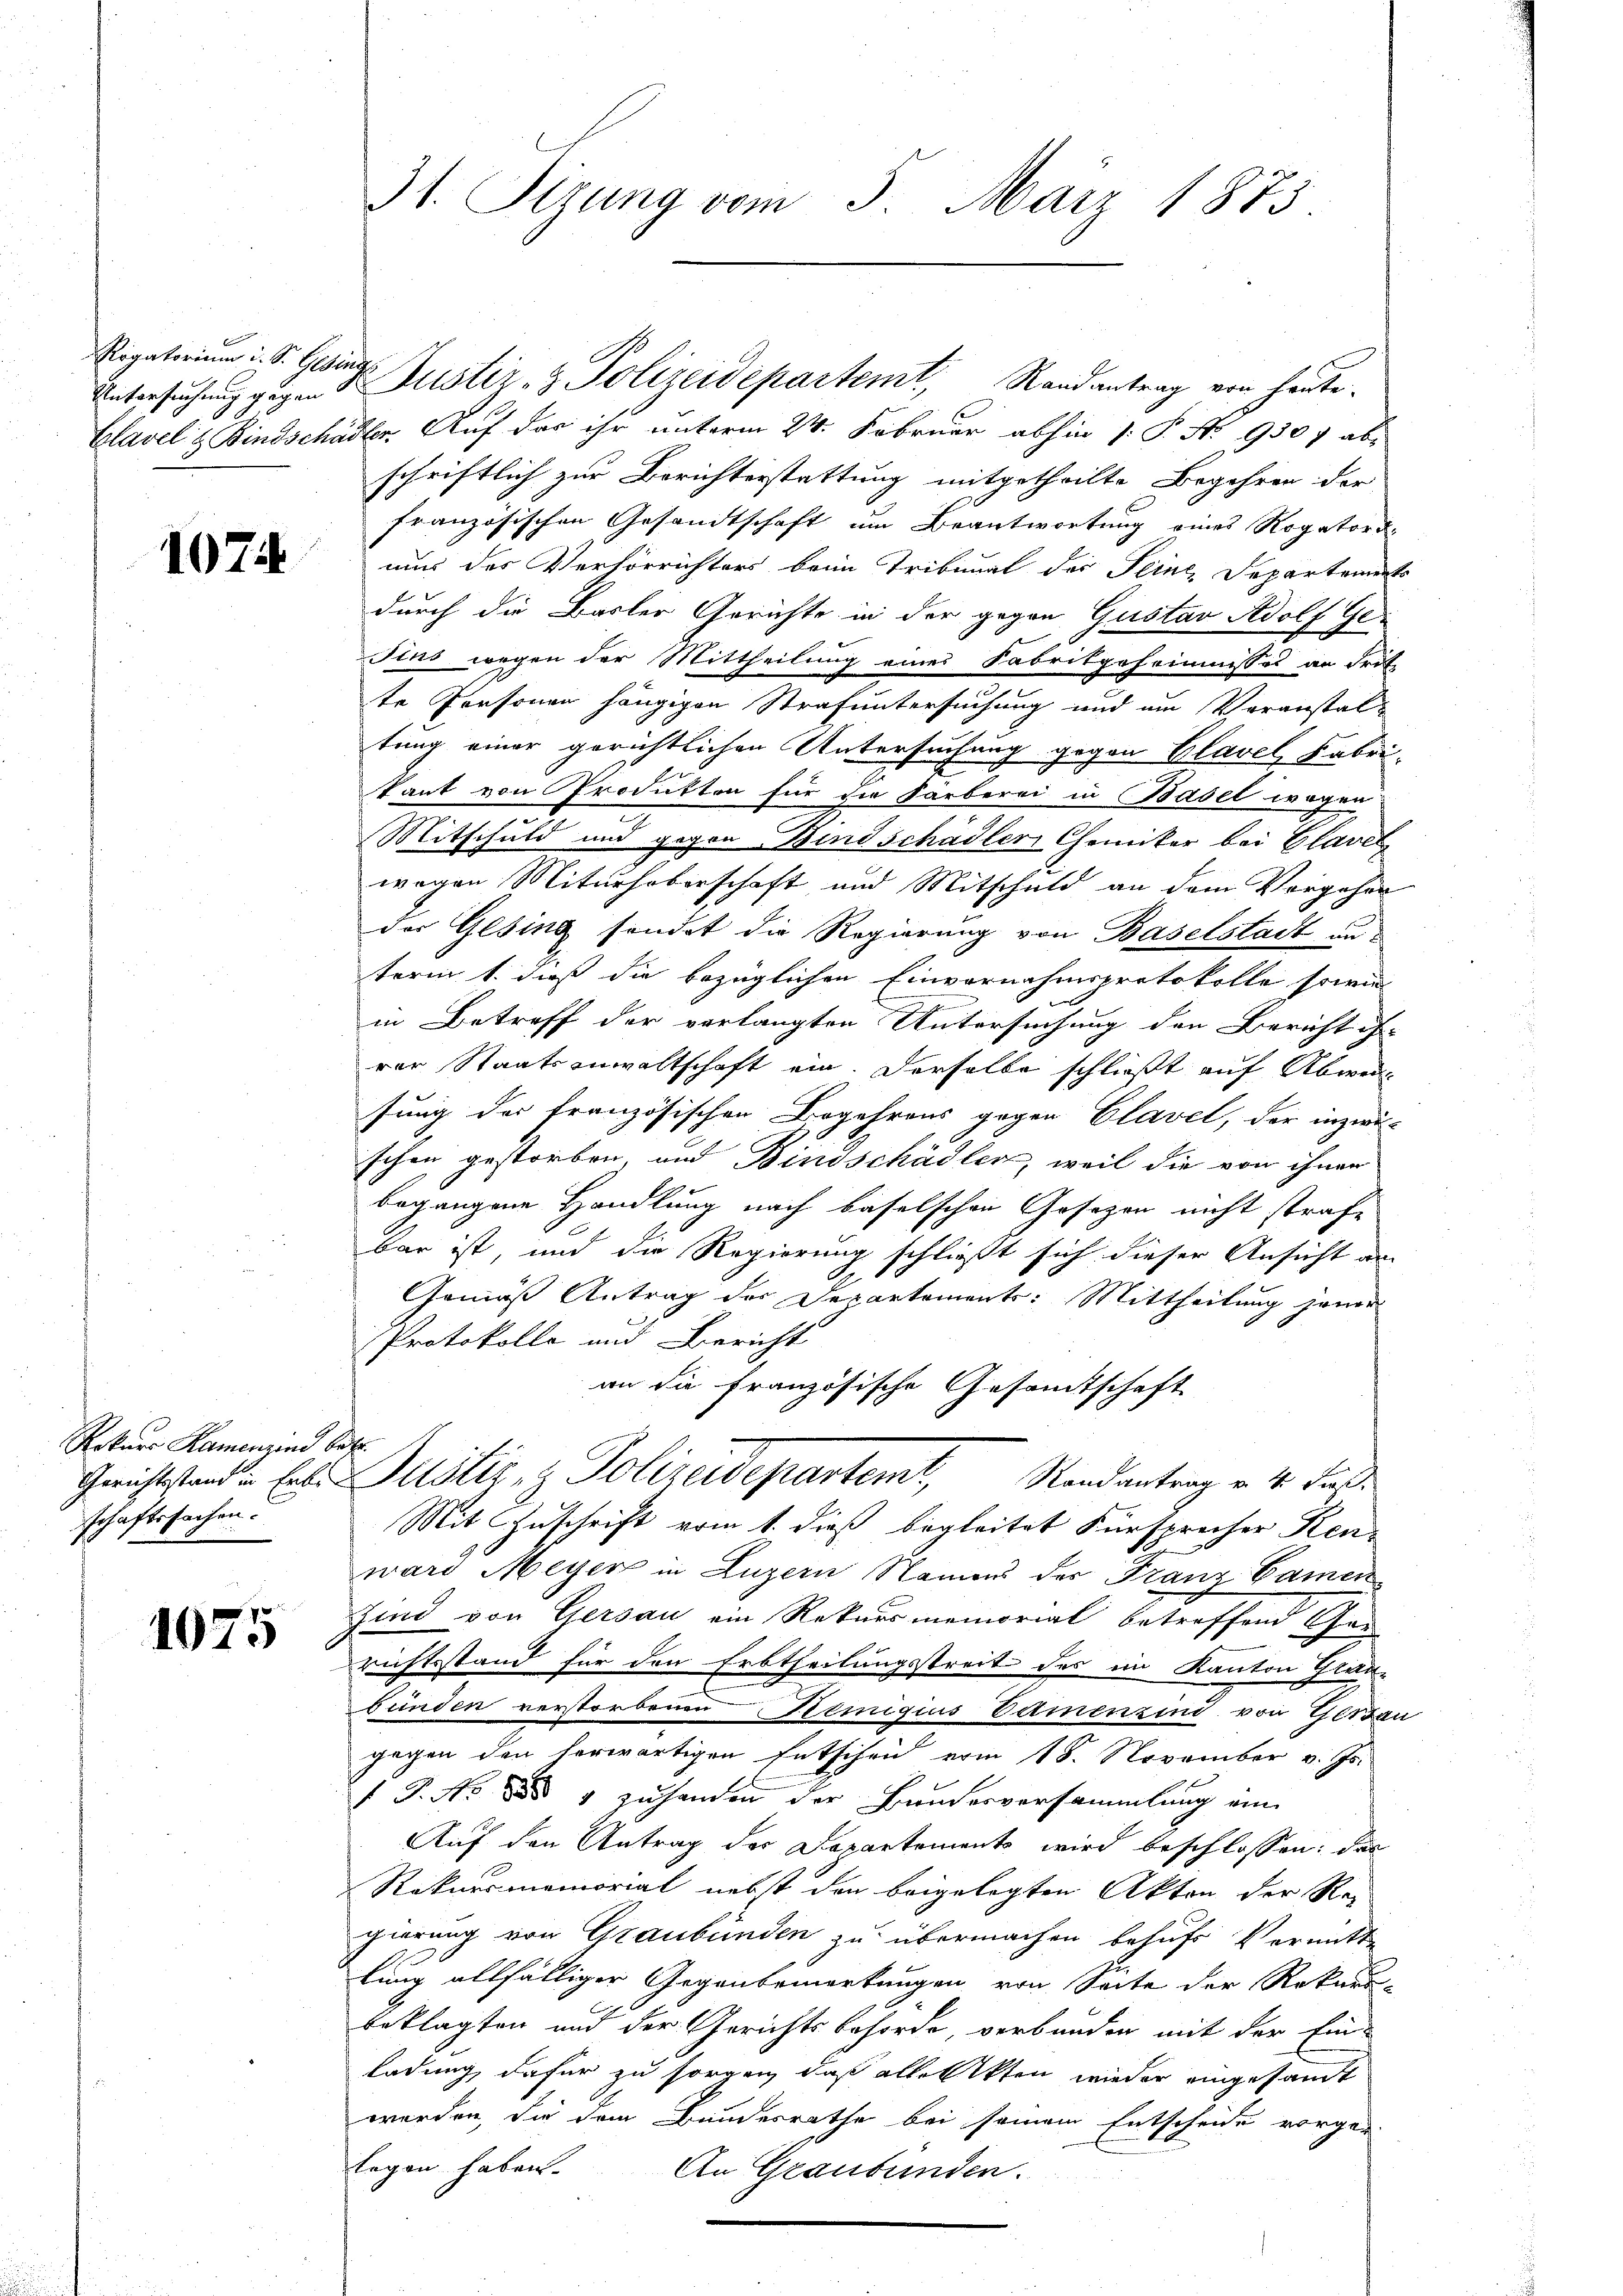
Untersuchung gegen

1074

Rekurs Kamenzend
schaftssachen.

1075

31. Stzung vom 5. März 1873.

Clavel & Kindschädler. Auf das ihr unterm 24. Februar abhin 1. P. No 9307 ab-
schriftlich zur Berichterstattung mitgetheilte Begehren der
französischen Gesandtschaft um Beantwortung eines Rogatordmus des Verhörrichters beim Tribunal der Feine, Departements
durch die Basler Gerichte in der gegen Gustav Adolf Ge
Jins wegen der Mittheilung eines Fabritgeheimnisses an drit
te Personen hängigen Strafuntersuchung und um Voranstal-
tung einer gerichtlichen Untersuchung gegen Glavel, Fabrikant von Produkten für die Färberei in Basel wegen
Mitschuld und gegen Bindschädler Chemiker bei Glavel
wegen Miterhoberschaft und Mitschuld an dem Vorgehen
der Gesing sondet die Regierung von Baselstadt anterm 1. dieß die bezüglichen Einvernahmsprotokolle sowie
a
in Betreff der verlangten Untersuchung den Bericht is
rer Staatsanwaltschaft ein. Derselbe schließt auf Abwei
sung der französischen Begehrens gegen Clavel, der inzwi-
schen gestorben, und Bindschädler, weil die von ihnen
begangene Handlung nach Baselschen Gesezen nicht strafe
bar ist, und die Regierung schließt sich dieser Ansicht an
Gemäss Antrag der Departements: Mittheilung jener
Protokolle und Bericht
an die französische Gesamtschaft
t
Gerichtstand u. Ende Justiz, z. Polizeidepartemt, Randantrag v. 4. Fuß.
Mit Zuschrift vom 1. dieß begleitet Fürsprecher Ken-
ward Meyer in Luzern Namens der Franz Camen
sind von Gersau ein Rekursmemorial betreffend Gau-
richtsstand für den Erbtheilungsstreit des im Kanton Glaubunden verstorbenen emigius Damenzind von Gestau
gegen den herwärtigen Entschen vom 18. November v. Js.
1 J. No 888 g zu handen der Bundesversammlung ein
Auf den Antrag der Departements wird beschlossen: das
Rekursmemorial nebst den beigelegten Akten der Regierung von Graubünden zu übermachen behufs Vermitte
lung allfälliger Gegenbemerkungen von Seite der Rekurs-
beklagten und der Gerichtsbehörde, verbunden mit der Ein-
ladung, dafür zu sorgen, daß alle Akten wieder eingesamt
werden, die dem Bundesrathe bei seinem Entscheide vorgen
legen haben.
An Graubünden.

Rigatorium i. S. Gesing Justiz- & Polizeidepartemt, Randantrag von heute.